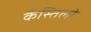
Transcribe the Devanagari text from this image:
कैस्तिलो